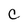
Character: C